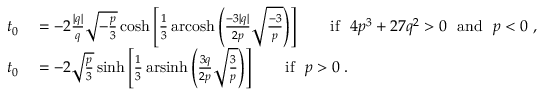
\begin{array} { r l } { t _ { 0 } } & { { } = - 2 { \frac { | q | } { q } } { \sqrt { - { \frac { p } { 3 } } } } \cosh \left[ { \frac { 1 } { 3 } } \operatorname { a r c o s h } \left( { \frac { - 3 | q | } { 2 p } } { \sqrt { \frac { - 3 } { p } } } \right) \right] \qquad { \mathrm { i f ~ } } ~ 4 p ^ { 3 } + 2 7 q ^ { 2 } > 0 ~ { \mathrm { ~ a n d ~ } } ~ p < 0 \; , } \\ { t _ { 0 } } & { { } = - 2 { \sqrt { \frac { p } { 3 } } } \sinh \left[ { \frac { 1 } { 3 } } \operatorname { a r s i n h } \left( { \frac { 3 q } { 2 p } } { \sqrt { \frac { 3 } { p } } } \right) \right] \qquad { \mathrm { i f ~ } } ~ p > 0 \; . } \end{array}